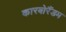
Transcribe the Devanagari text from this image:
कारबोरैंडम